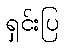
ရှင်းပြ